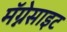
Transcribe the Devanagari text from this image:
मॅग्नेसाइट